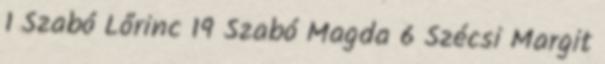
1 Szabó Lőrinc 19 Szabó Magda 6 Szécsi Margit